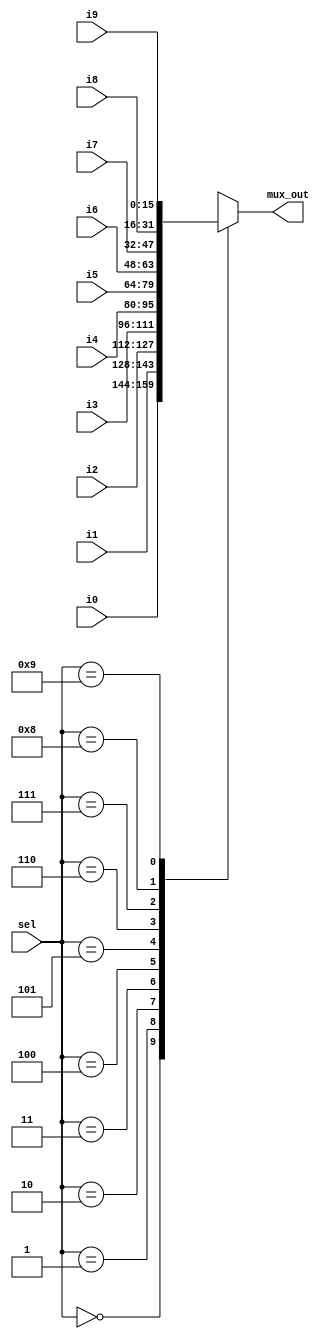
module mux(sel,mux_out,i0,i1,i2,i3,i4,i5,i6,i7,i8,i9);
	input [3:0]sel;
	output reg [15:0]mux_out;
	input[15:0] i0,i1,i2,i3,i4,i5,i6,i7,i8,i9 ;
	always@(sel,i0,i1,i2,i3,i4,i5,i6,i7,i8,i9)
	case(sel)
	4'd0:mux_out=i0;
	4'd1:mux_out=i1;
	4'd2:mux_out=i2;
	4'd3:mux_out=i3;
	4'd4:mux_out=i4;
	4'd5:mux_out=i5;
	4'd6:mux_out=i6;
	4'd7:mux_out=i7;
	4'd8:mux_out=i8;
	4'd9:mux_out=i9;
	default:mux_out=16'bx;
	endcase
	
	

	
	
endmodule